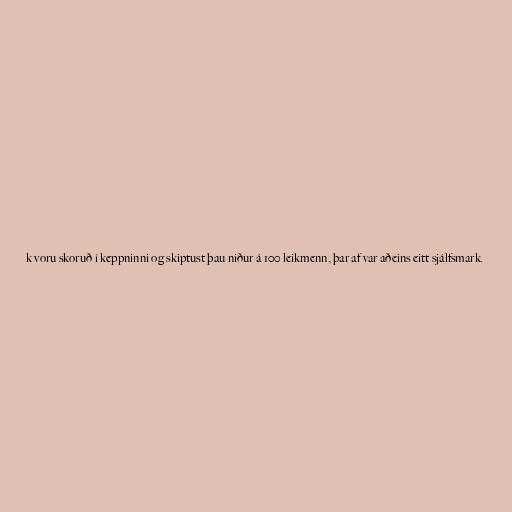
k voru skoruð í keppninni og skiptust þau niður á 100 leikmenn, þar af var aðeins eitt sjálfsmark.